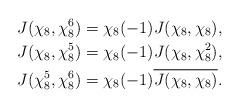
LaTeX: \begin{align*}&J(\chi_8,\chi_8^6)=\chi_8(-1)J(\chi_8,\chi_8),\\&J(\chi_8,\chi_8^5)=\chi_8(-1)J(\chi_8,\chi_8^2),\\&J(\chi_8^5,\chi_8^6)=\chi_8(-1)\overline{J(\chi_8,\chi_8)}.\end{align*}